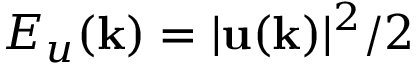
E _ { u } ( { \bf k } ) = \lvert { \bf u ( k ) } \rvert ^ { 2 } / 2